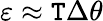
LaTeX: \varepsilon\approx\mathtt{T}\Delta\theta